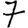
Digit: 7